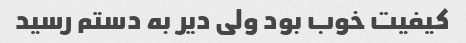
کیفیت خوب بود ولی دیر به دستم رسید